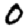
Digit: 0